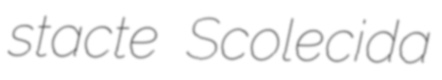
stacte Scolecida